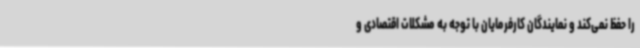
را حفظ نمی‌کند و نمایندگان کارفرمایان با توجه به مشکلات اقتصادی و